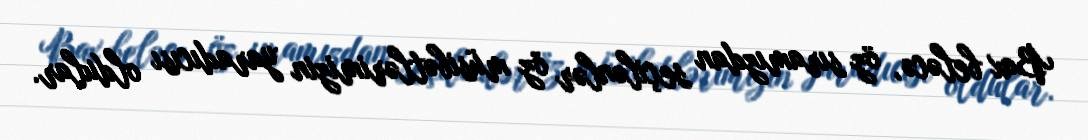
Bax beləcə, öz sıramızdan seçilənlər öz müsibətlərimizin yaradıcısı oldular.